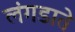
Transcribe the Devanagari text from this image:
लंगडाते